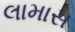
લામાસ